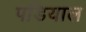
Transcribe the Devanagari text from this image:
पडियाल